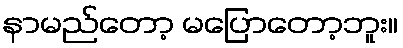
နာမည်တော့ မပြောတော့ဘူး။